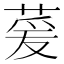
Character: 萲